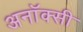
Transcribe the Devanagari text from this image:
अनॉक्सी